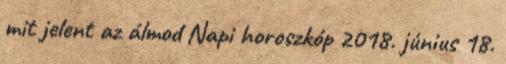
mit jelent az álmod Napi horoszkóp 2018. június 18.